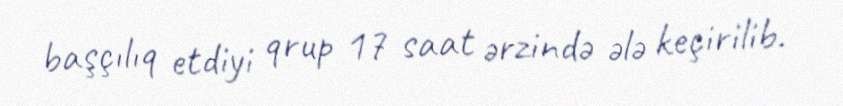
başçılıq etdiyi qrup 17 saat ərzində ələ keçirilib.